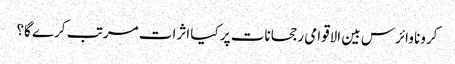
کرونا وائرس بین الاقوامی رجحانات پر کیا اثرات مرتب کرے گا؟